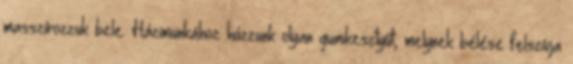
masszírozzuk bele. Házimunkához húzzunk olyan gumikesztyűt, melynek bélése felszívja